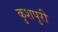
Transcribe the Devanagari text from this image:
कुशपुरी